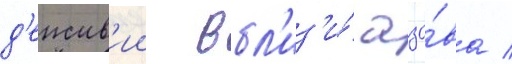
д'еиств'ии вбл'из'и́ азо́ва /